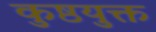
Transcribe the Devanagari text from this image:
कुष्ठयुक्त